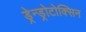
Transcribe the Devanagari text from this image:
ड्रेन्ड्रोटोक्सिन